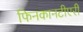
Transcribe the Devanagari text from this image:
फिनकानटीएरी